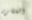
المقرر